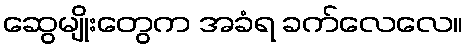
ဆွေမျိုးတွေက အခံရ ခက်လေလေ။